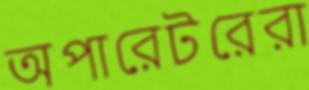
অপারেটরেরা